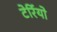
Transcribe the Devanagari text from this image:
टेर्रियो